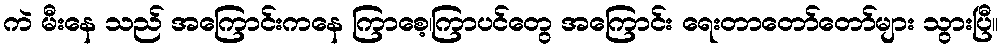
ကဲ မီးနေ သည် အကြောင်းကနေ ကြာစေ့၊ကြာပင်တွေ အကြောင်း ရေးတာတော်တော်များ သွားပြီ။